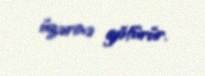
üzərinə götürür.